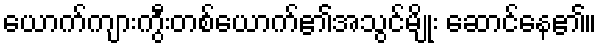
ယောက်ကျားကွီးတစ်ယောက်၏အသွင်မျိုး ဆောင်နေ၏။